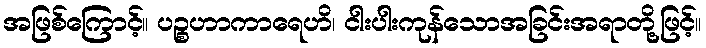
အဖြစ်ကြောင့်။ ပဉ္စဟာကာရေဟိ၊ ငါးပါးကုန်သောအခြင်းအရာတို့ဖြင့်။